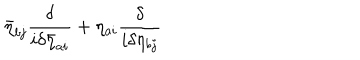
\bar { \eta } _ { b j } \frac { \delta } { i \delta \bar { \eta } _ { a i } } + \eta _ { a i } \frac { \delta } { i \delta \eta _ { b j } }